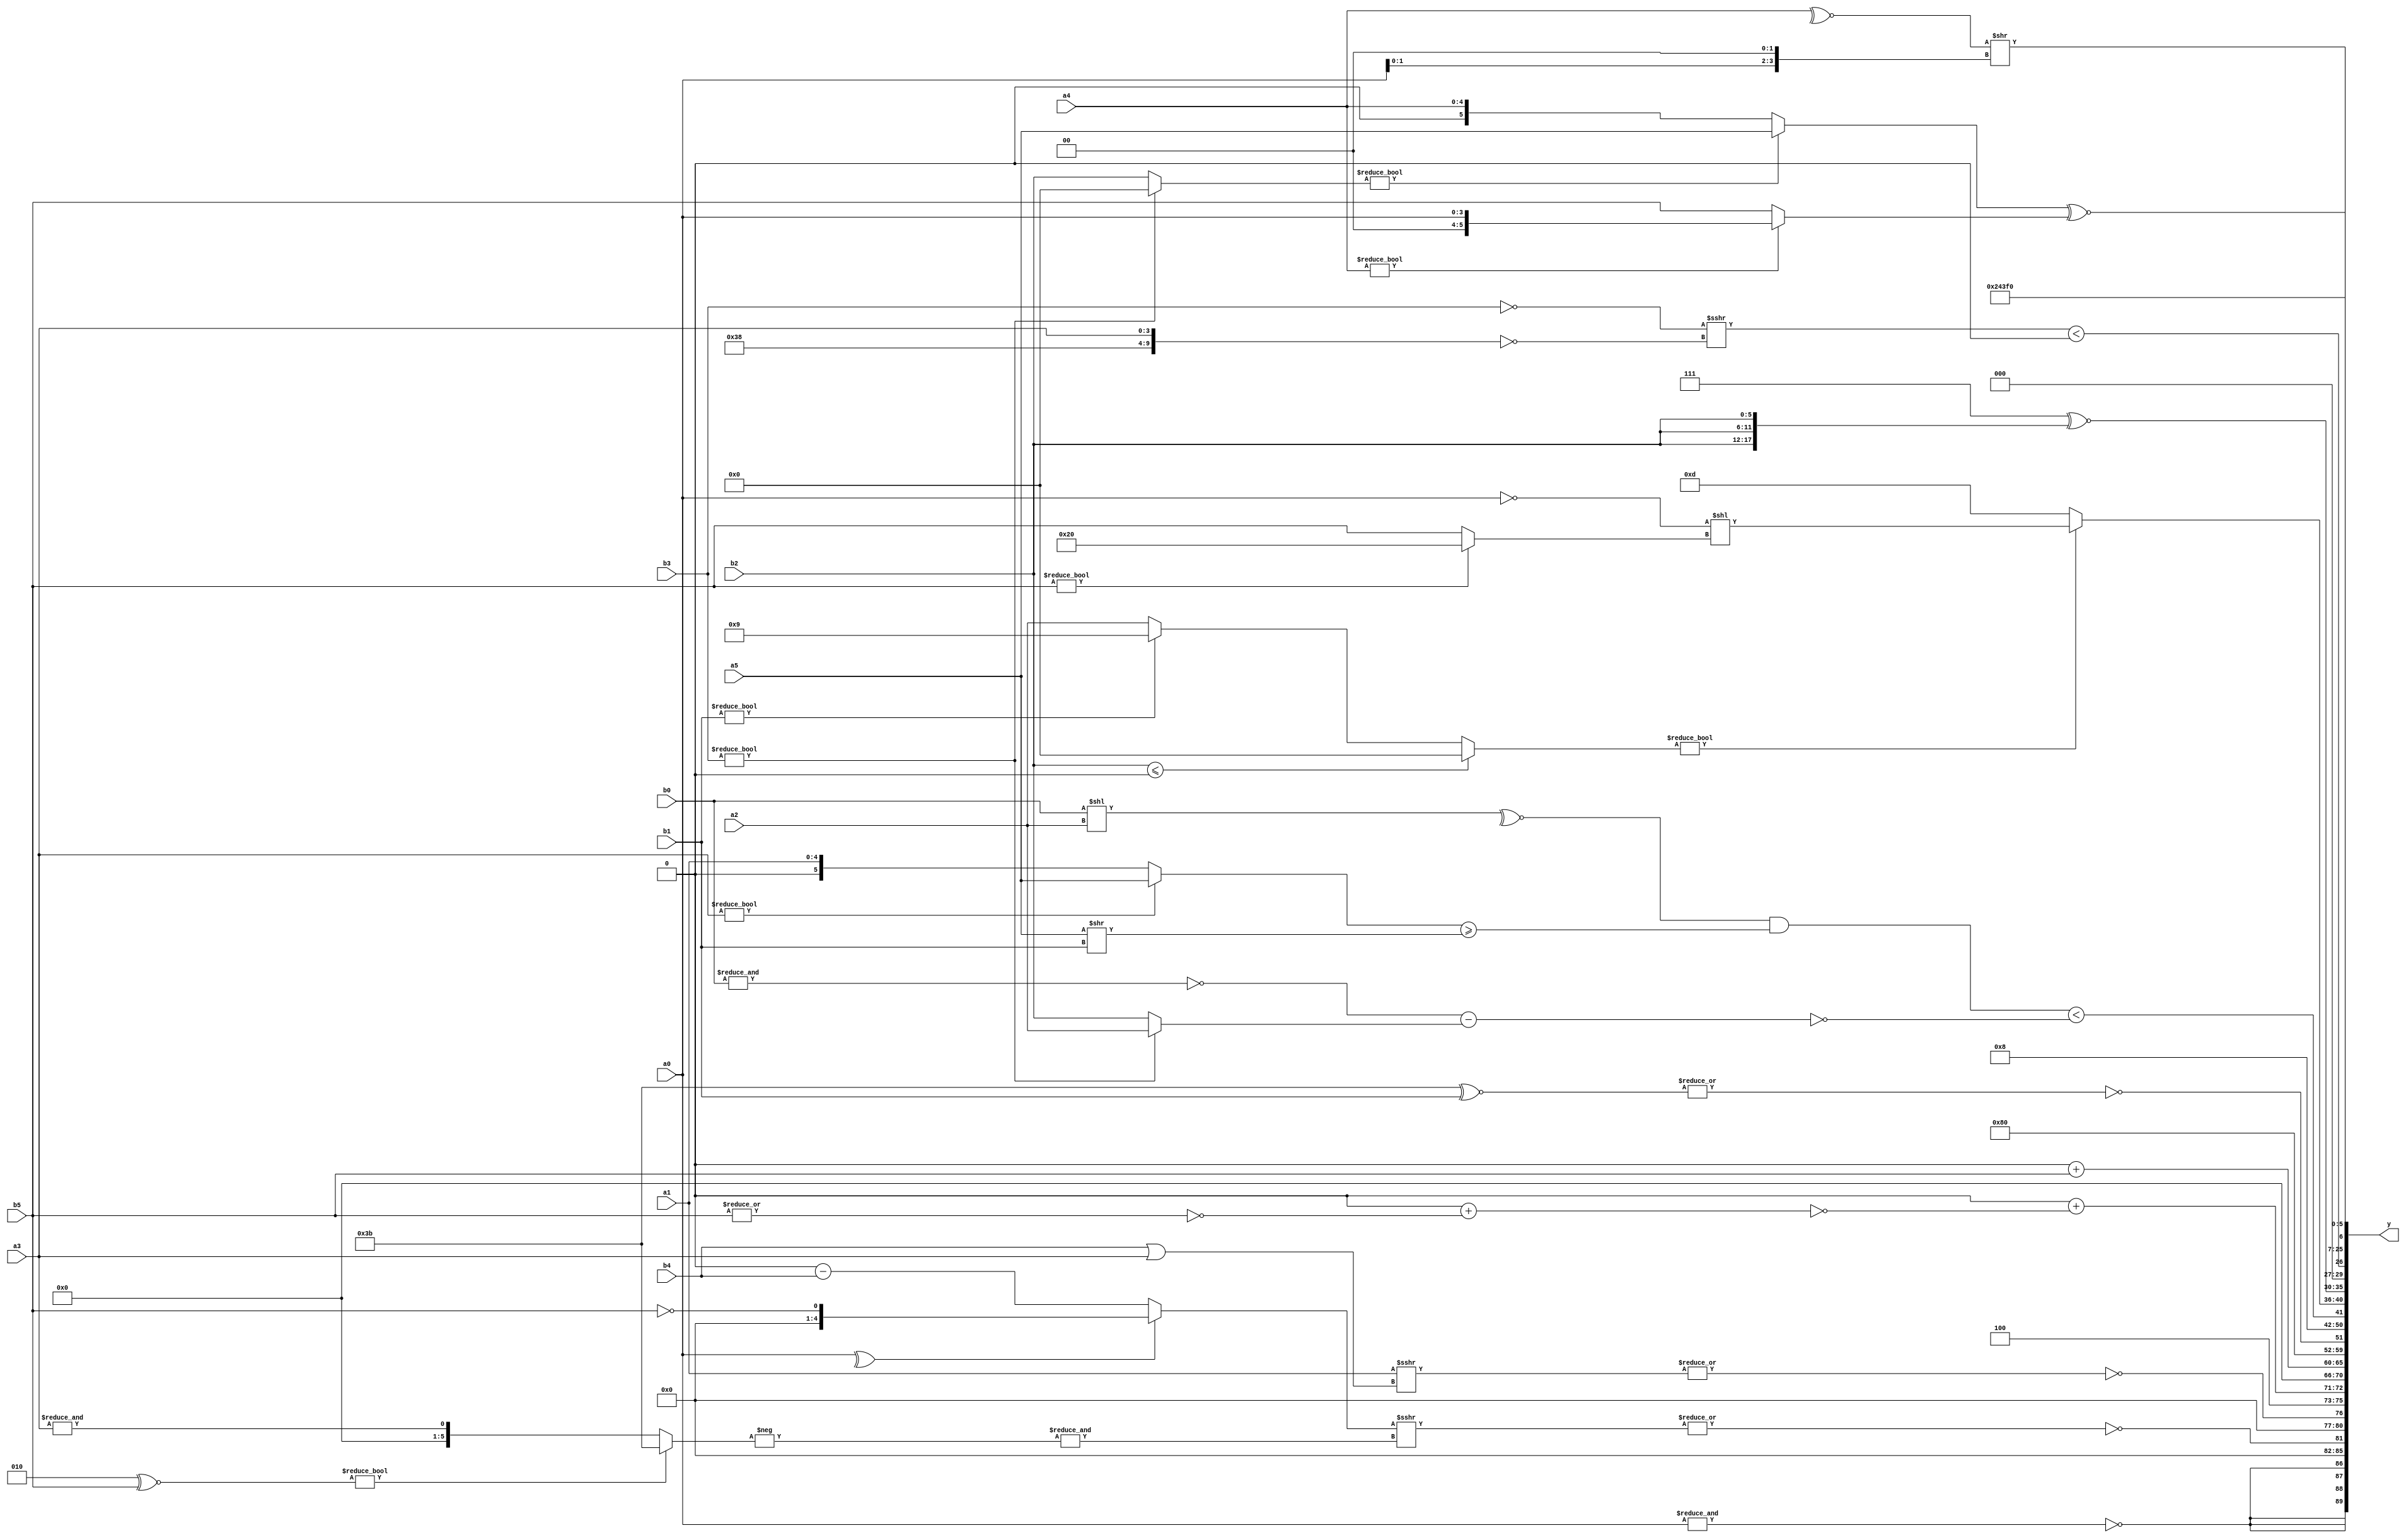
module expression_00638(a0, a1, a2, a3, a4, a5, b0, b1, b2, b3, b4, b5, y);
  input [3:0] a0;
  input [4:0] a1;
  input [5:0] a2;
  input signed [3:0] a3;
  input signed [4:0] a4;
  input signed [5:0] a5;

  input [3:0] b0;
  input [4:0] b1;
  input [5:0] b2;
  input signed [3:0] b3;
  input signed [4:0] b4;
  input signed [5:0] b5;

  wire [3:0] y0;
  wire [4:0] y1;
  wire [5:0] y2;
  wire signed [3:0] y3;
  wire signed [4:0] y4;
  wire signed [5:0] y5;
  wire [3:0] y6;
  wire [4:0] y7;
  wire [5:0] y8;
  wire signed [3:0] y9;
  wire signed [4:0] y10;
  wire signed [5:0] y11;
  wire [3:0] y12;
  wire [4:0] y13;
  wire [5:0] y14;
  wire signed [3:0] y15;
  wire signed [4:0] y16;
  wire signed [5:0] y17;

  output [89:0] y;
  assign y = {y0,y1,y2,y3,y4,y5,y6,y7,y8,y9,y10,y11,y12,y13,y14,y15,y16,y17};

  localparam [3:0] p0 = ((((3'sd1)?(4'sd4):(-3'sd2))?{1{(2'd2)}}:((-2'sd1)?(2'sd1):(5'd15)))?{3{((5'd31)+(2'd3))}}:(((3'd5)?(2'sd1):(5'sd7))?((5'd4)?(4'd7):(3'd6)):((2'sd0)?(4'd13):(5'sd0))));
  localparam [4:0] p1 = (((!(2'd0))>>((4'd10)&&(5'd19)))-{3{(4'd9)}});
  localparam [5:0] p2 = ((((2'd1)&&(5'sd9))<<<{(4'd10),(5'd21),(-5'sd0)})|(((2'd1)?(5'sd12):(5'd20))?((3'd7)<<<(-2'sd1)):{(-5'sd15)}));
  localparam signed [3:0] p3 = (5'sd6);
  localparam signed [4:0] p4 = (((3'sd1)?((4'd7)?(5'd26):(2'sd1)):(-(5'd18)))==((2'd3)!=(-3'sd3)));
  localparam signed [5:0] p5 = (4'd12);
  localparam [3:0] p6 = ((2'sd1)<<{((3'sd3)|(-4'sd2)),((5'd17)>(-3'sd0)),((-3'sd1)!==(5'd18))});
  localparam [4:0] p7 = ((3'd6)-(5'd29));
  localparam [5:0] p8 = {4{(-3'sd2)}};
  localparam signed [3:0] p9 = (2'sd0);
  localparam signed [4:0] p10 = ({1{(-5'sd11)}}<=((3'd5)+(4'sd3)));
  localparam signed [5:0] p11 = ((((2'sd0)-(2'd2))^~((-4'sd4)+(-5'sd9)))<<((2'sd0)|((2'd3)+(4'd1))));
  localparam [3:0] p12 = (~&(((5'sd12)?(5'd12):(-3'sd1))>>(^(~|(2'sd1)))));
  localparam [4:0] p13 = (-(+(^(~^(~^((^((3'sd2)|(4'sd2)))!==(((-5'sd13)<(-4'sd0))||((2'd2)==(2'sd1)))))))));
  localparam [5:0] p14 = (5'sd9);
  localparam signed [3:0] p15 = ({2{(2'sd1)}}?((4'sd6)?(2'd2):(2'd2)):{3{(2'd2)}});
  localparam signed [4:0] p16 = {1{(~|(|{({{1{(-4'sd1)}}}|((4'd7)?(5'd3):(5'sd4))),(+((~|(3'd1))?{3{(3'd4)}}:((3'd0)?(4'd10):(2'sd1))))}))}};
  localparam signed [5:0] p17 = (~(3'd4));

  assign y0 = {4{(~&a0)}};
  assign y1 = (~|(((^(p11?a0:p6))?(!$signed(b5)):(p16-b4))>>>(&(-((p15^~b5)?$unsigned(p17):(&a3))))));
  assign y2 = {((~&(|((+a1)>>>(b4|a3))))),{(!(6'd2 * (!(p2>=p6))))}};
  assign y3 = ((^((+(~&p11))!=(|{p2,p2,p7})))+(!((2'sd0)+(~|(b5<<<p6)))));
  assign y4 = (((2'd0)>>(a1===a1))?((-3'sd1)?(p8^~p1):(-5'sd13)):((-2'sd0)<<(p13-p2)));
  assign y5 = {3{{2{(p4+b5)}}}};
  assign y6 = (4'd8);
  assign y7 = (^(~|(p17^~b1)));
  assign y8 = (p17==p17);
  assign y9 = (((~^(b0<<a2))&&((a3?a5:a1)>=(a5>>b1)))<(~((~&(b3?b0:b0))-(b3?a2:b2))));
  assign y10 = (((b2<=p13)?(p4||p16):(b1?p14:a2))?((!(a0>>>p10))<<(b5?p11:b5)):(+(5'sd13)));
  assign y11 = {2{({(4'd7)}^~{3{b2}})}};
  assign y12 = (|(((!$signed(b3))>>>(~{p2,a3}))<(!(~&(3'd2)))));
  assign y13 = (((-4'sd0)?$signed((p5>=p4)):(p7?p7:p14)));
  assign y14 = (3'd3);
  assign y15 = (-2'sd1);
  assign y16 = (({1{(({(~^a4)}>>(a0<<p15)))}}));
  assign y17 = $signed((((b3?p16:b2)?$unsigned(a5):$signed(a4))^~((a0?a4:a4)?$signed(a0):$signed(b5))));
endmodule